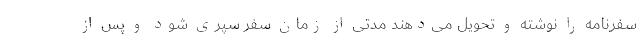
سفرنامه را نوشته و تحویل می‌دهند مدتی از زمان سفر سپری شود و پس از